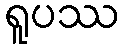
ရူပဿ